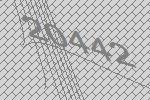
20442